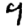
Digit: 9